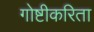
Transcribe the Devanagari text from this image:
गोष्टीकरिता